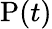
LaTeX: \mathrm{P}(t)